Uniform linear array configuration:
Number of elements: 8
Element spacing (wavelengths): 1
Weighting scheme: uniform
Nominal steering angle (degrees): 60
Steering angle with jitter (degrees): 61.137
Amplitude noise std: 0.05
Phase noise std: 0.05

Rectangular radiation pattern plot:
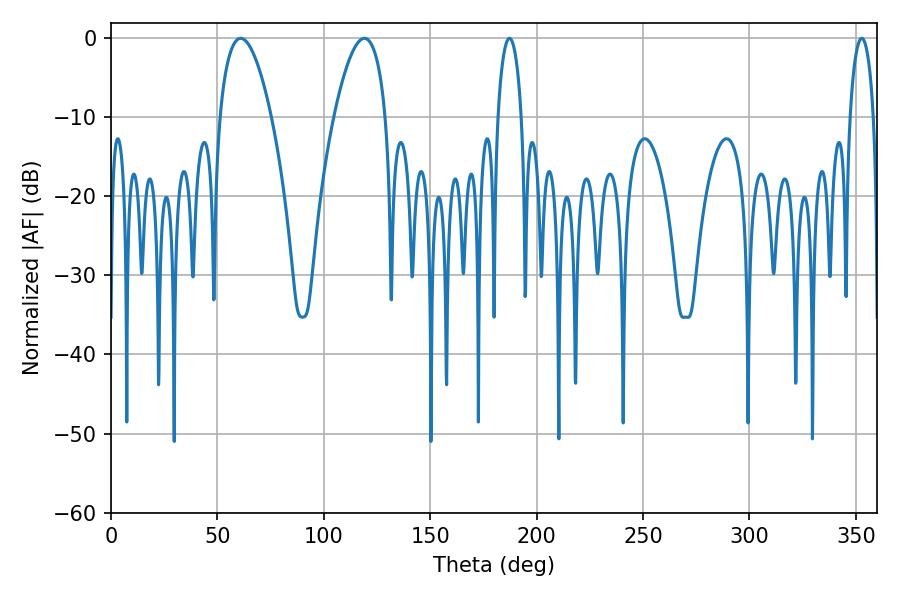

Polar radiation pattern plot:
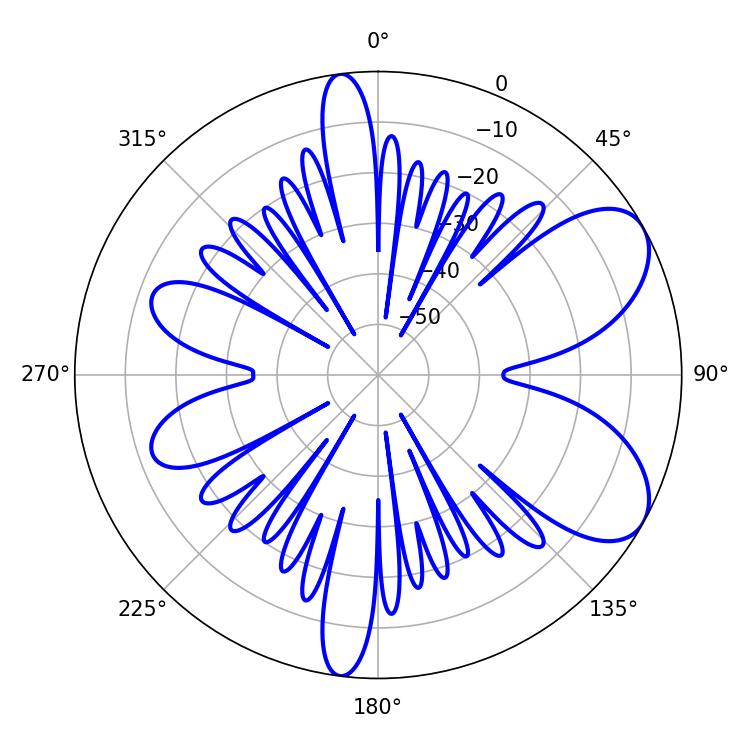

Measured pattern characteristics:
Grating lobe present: TRUE
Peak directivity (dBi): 7.1
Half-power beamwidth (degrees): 6.3
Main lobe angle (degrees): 187.2